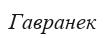
Гавранек